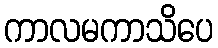
ကာလမကာသိပေ